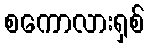
စကောလားရှစ်